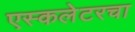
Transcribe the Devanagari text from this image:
एस्कलेटरचा